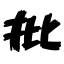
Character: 批